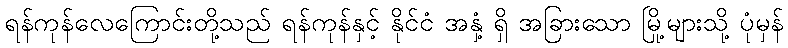
ရန်ကုန်လေကြောင်းတို့သည် ရန်ကုန်နှင့် နိုင်ငံ အနှံ့ ရှိ အခြားသော မြို့များသို့ ပုံမှန်